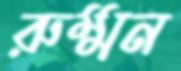
রুম্মন